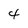
Character: 4